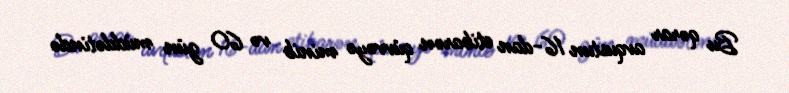
Bu qərar avqustun 16-dan etibarən qüvvəyə minib və 60 gün müddətində